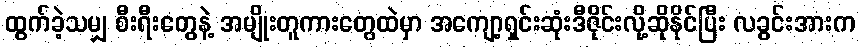
ထွက်ခဲ့သမျှ စီးရီးတွေနဲ့ အမျိုးတူကားတွေထဲမှာ အကျော့ရှင်းဆုံးဒီဇိုင်းလို့ဆိုနိုင်ပြီး လခွင်းအားက